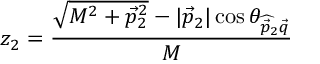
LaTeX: z _ { 2 } = \frac { \sqrt { M ^ { 2 } + \vec { p } _ { 2 } ^ { 2 } } - | \vec { p } _ { 2 } | \cos \theta _ { \widehat { \vec { p } _ { 2 } \vec { q } } } } { M }